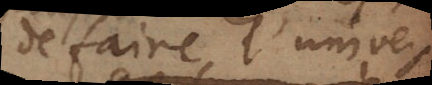
de faire l’univers